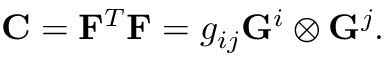
\begin{array} { r } { { \bf { C } } = { \bf { F } } ^ { T } { \bf { F } } = { g } _ { i j } { \bf { G } } ^ { i } \otimes { \bf { G } } ^ { j } . } \end{array}